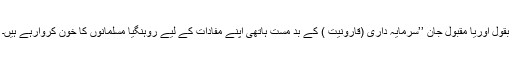
بقول اوریا مقبول جان ’’سرمایہ داری (قارونیت ) کے بد مست ہاتھی اپنے مفادات کے لیے روہنگیا مسلمانوں کا خون کروارہے ہیں۔